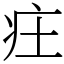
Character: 㽵